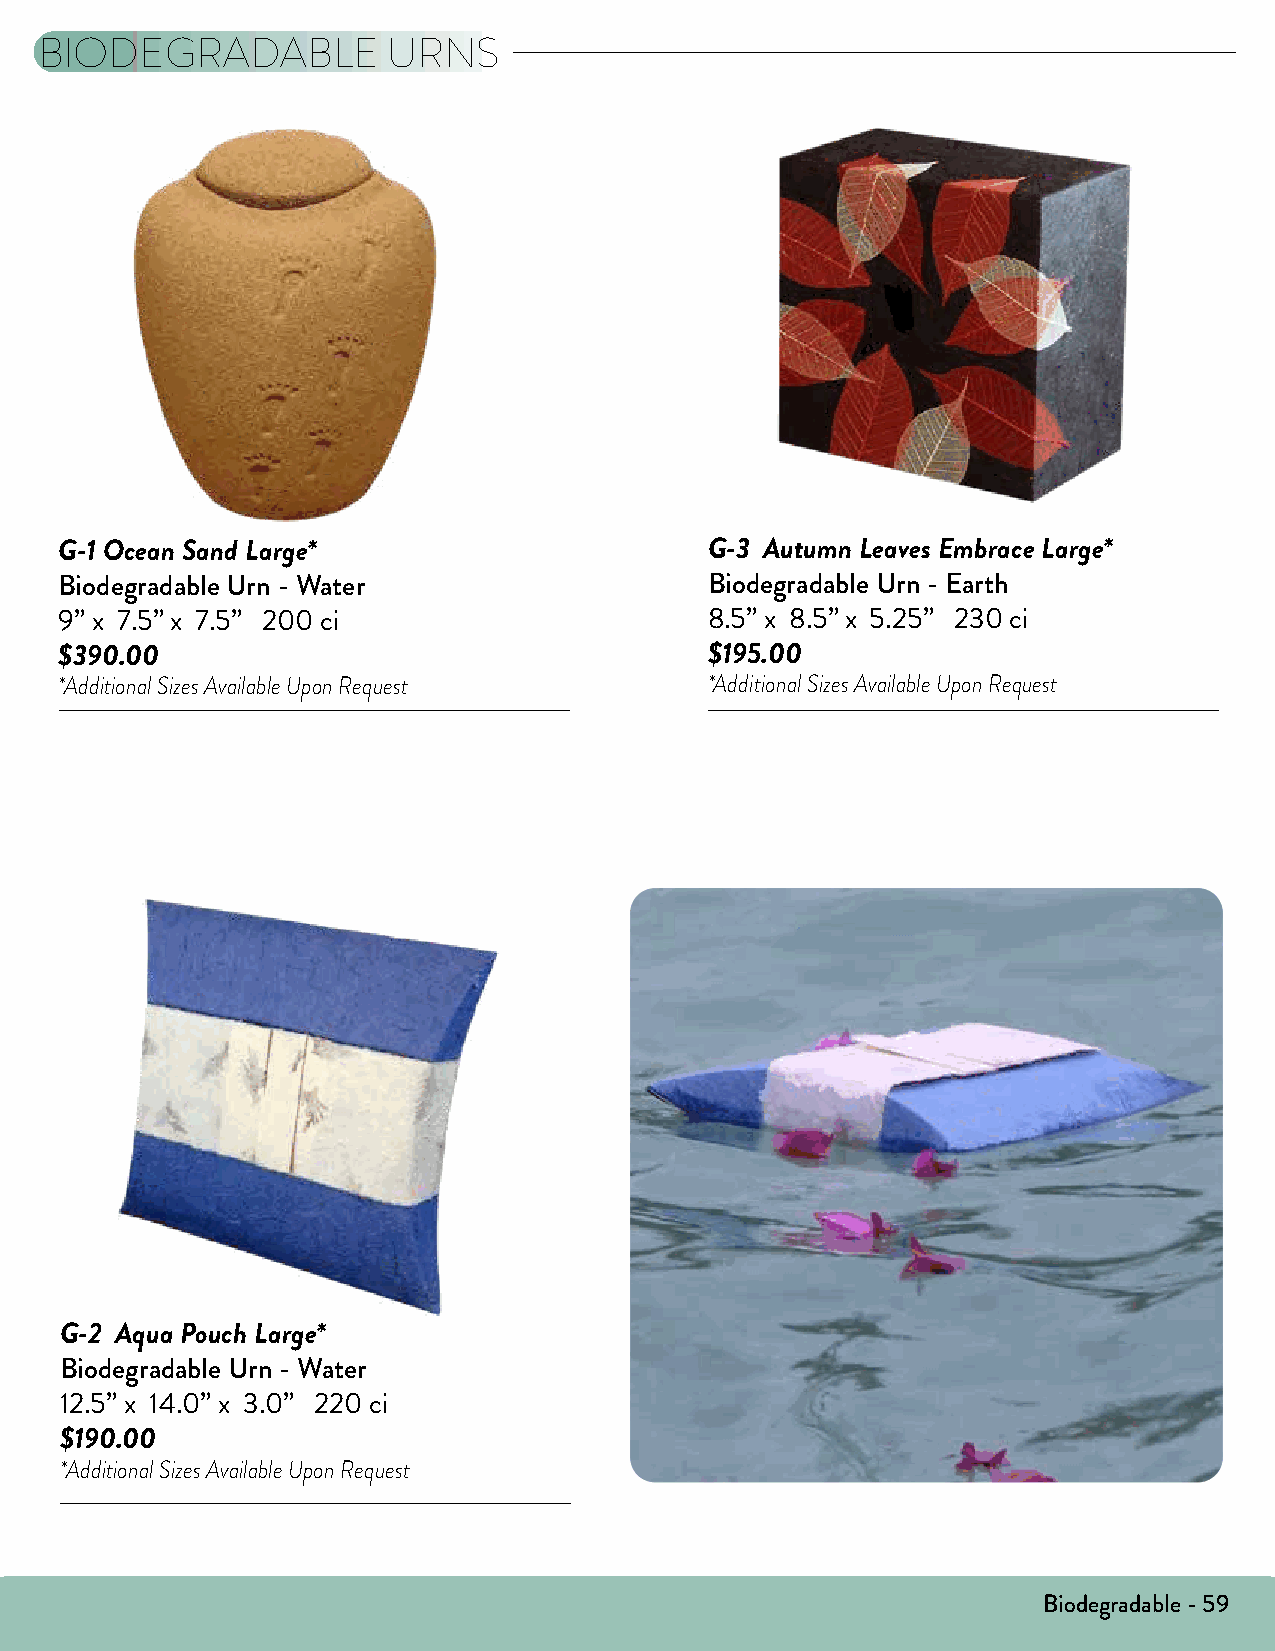
BIODEGRADABLE           URNS
 G-1 Ocean Sand Large*                      G-3 Autumn Leaves Embrace Large*
 Biodegradable Urn - Water                  Biodegradable Urn - Earth
 9” x 7.5” x 7.5” 200 ci                    8.5” x 8.5” x 5.25” 230 ci
 $390.00                                    $195.00
 *Additional Sizes Available Upon Request   *Additional Sizes Available Upon Request
 G-2 Aqua Pouch Large*
 Biodegradable Urn - Water
 12.5” x 14.0” x 3.0” 220 ci
 $190.00
 *Additional Sizes Available Upon Request
 Biodegradable - 59